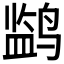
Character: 𬸡